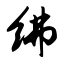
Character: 绋